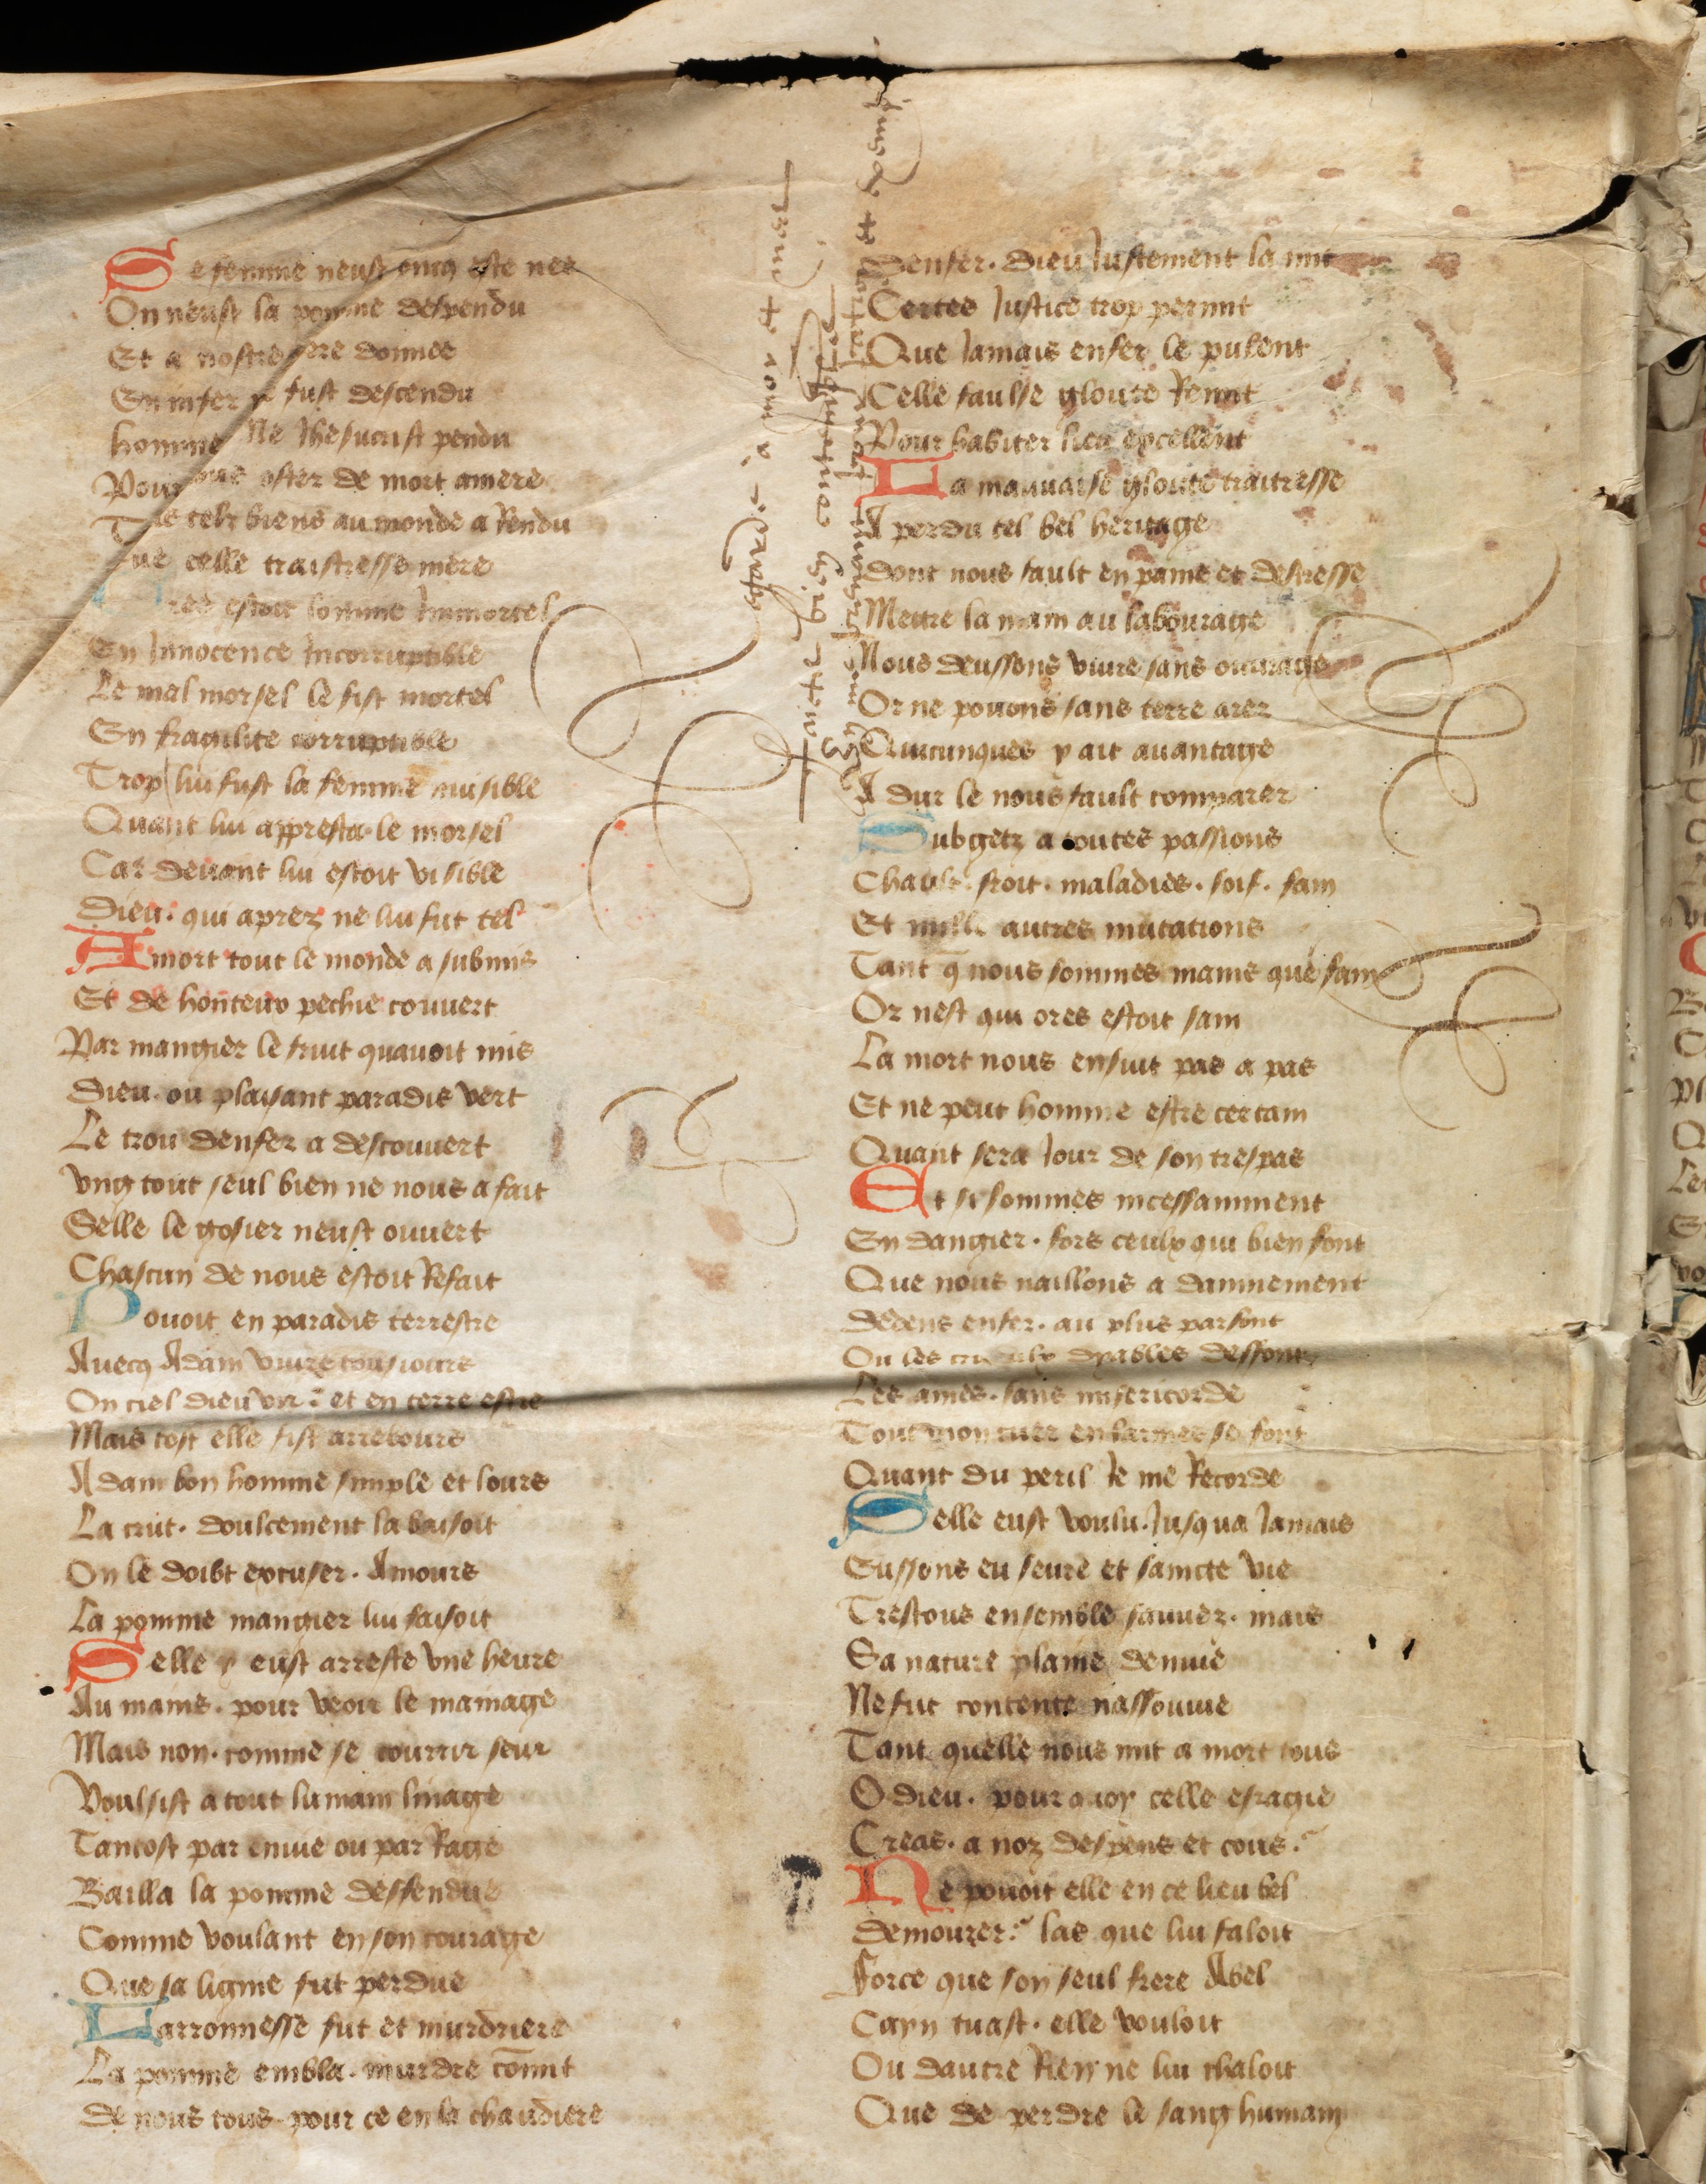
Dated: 1442–1480